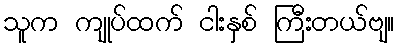
သူက ကျုပ်ထက် ငါးနှစ် ကြီးတယ်ဗျ။